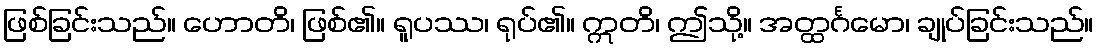
ဖြစ်ခြင်းသည်။ ဟောတိ၊ ဖြစ်၏။ ရူပဿ၊ ရုပ်၏။ ဣတိ၊ ဤသို့။ အတ္ထင်္ဂမော၊ ချုပ်ခြင်းသည်။